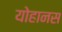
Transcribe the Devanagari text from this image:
योहानस